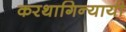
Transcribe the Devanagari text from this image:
करथागिन्यायी